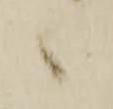
候